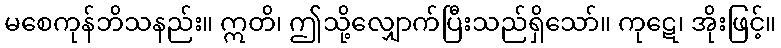
မစေကုန်ဘိသနည်း။ ဣတိ၊ ဤသို့လျှောက်ပြီးသည်ရှိသော်။ ကုဋေ၊ အိုးဖြင့်။